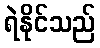
ရဲနိုင်သည်